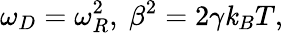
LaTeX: \omega_{D}=\omega_{R}^{2},\ \beta^{2}=2\gamma\mathit{k}_{B}T,